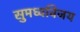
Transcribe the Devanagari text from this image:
सुमध्वविजय